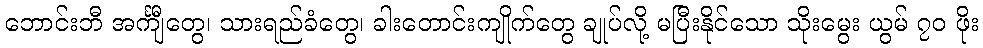
ဘောင်းဘီ အင်္ကျီတွေ၊ သားရည်ခံတွေ၊ ခါးတောင်းကျိုက်တွေ ချုပ်လို့ မပြီးနိုင်သော သိုးမွေး ယွမ် ၇၀ ဖိုး